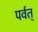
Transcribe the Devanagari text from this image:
पर्वत्